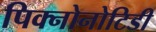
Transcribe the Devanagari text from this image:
पिक्नोनोटिडी